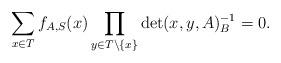
LaTeX: \begin{align*}\sum_{x \in T} f_{A,S}(x) \prod_{y \in T \setminus \{x\}} \det(x,y,A)^{-1}_{B} = 0.\end{align*}